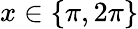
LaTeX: x\in\{ \pi,2\pi\}